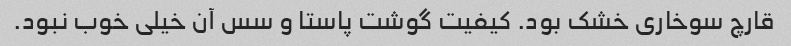
قارچ سوخاری خشک بود. کیفیت گوشت پاستا و سس آن خیلی خوب نبود.